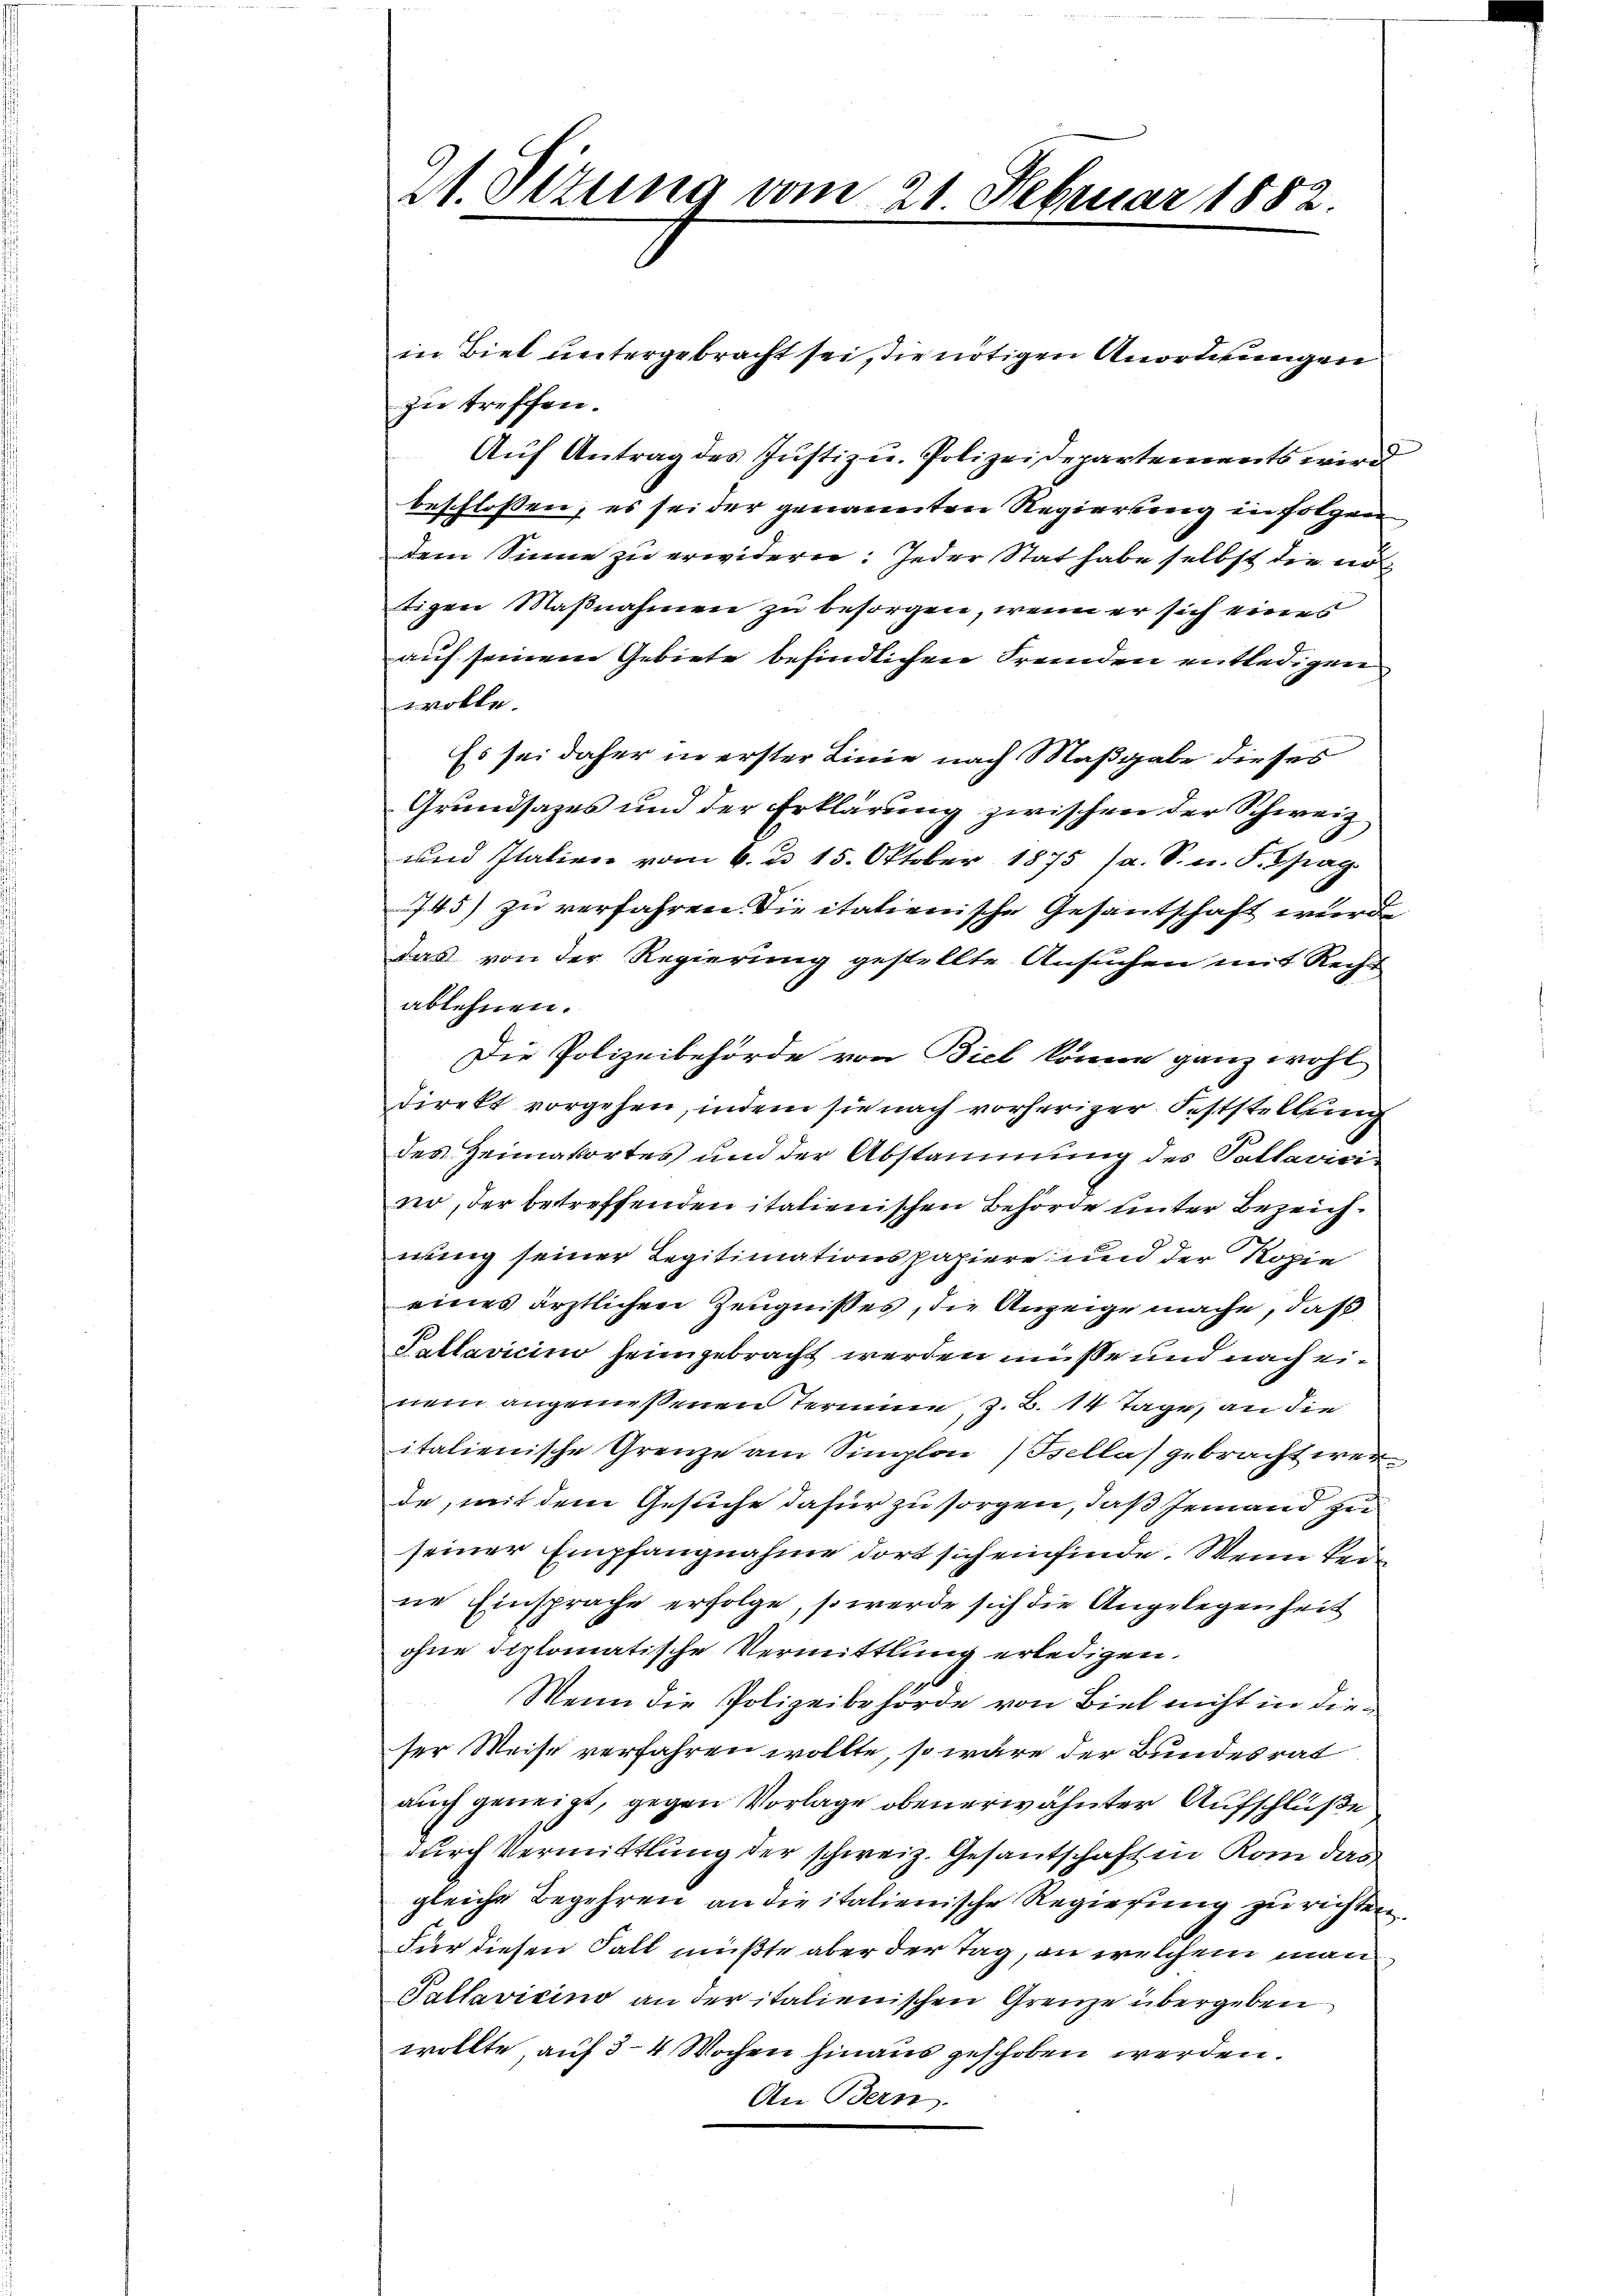
21. Sitzung vom 21 Februar 1882.

in Biet untergebracht sei, die nötigen Anordnungen
zu treffen.
Aŭf Antrag des Jŭstiz u. Polizeidepartements werd
beschlossen, es sei der genannten Regierung in folgen
dem Sinne zu erwidern: Jeder Stat habe selbst die nötigen Maßnahmen zu besorgen, wenn er sich eines
auf seinen Gebiete befindlichen Fremden entledigen
wolle.
Es sei daher in erster Linie nach Maßgabe dieses
Grundsazes und der Erklärung zwischen der Schweiz
und Italien vom 6. d. 15. Oktober 1875 (s. S. n. F. Spag
745) zu verfahren die italienische Gesantschaft wurd
das von der Regierung gestellte Ansuchen mit Recht
ablehnen.
Die Polizeibehörde von Biel könne ganz wohl
direkt vorgehen, indem sie nach vorheriger Feststellung
des Heimatortes und der Abstammung des Pallavicinr, der betreffenden italienischen Behörde unter Bezeichnung seiner Legitimationspapiere und der Kopie
eines ärztlichen Zeugnißes, die Anzeige mache, daß
Pallavicino heimgebracht werden müsse und nach einem angemessenen Termine, z. B. 14 Tage, an die
italienische Grenze am Simplon sella gebracht werde, mit dem Gesuche dafür zu sorgen, daß jemand zu
seiner Empfangnahme dort sich einfinde. Wenn keine Einsprache erfolge, so werde sich die Angelegenheit
ohne diplomatische Vermittlung erledigen.
Wenn die Polizeibehörde von Biel nicht in dieser Weise verfahren wollte, so wäre der Bundesrat
auch geneigt, gegen Vorlage obenerwähnter Aufschlüße
durch Vermittlung der schweiz. Gesantschaft in Rom das
gleiche Begehren an die italienische Regierung zu richten.
Für diesen Fall mußte aber der Tag, an welchem man
Pallavicino an der italienischen Grenze übergeben
wollte auf 3–4 Wochen hinaus geschoben werden.
An Bern.